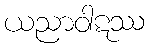
ယညာဝါဋဿ